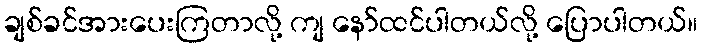
ချစ်ခင်အားပေးကြတာလို့ ကျ နော်ထင်ပါတယ်လို့ ပြောပါတယ်။